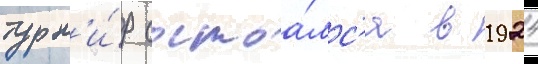
турн'и́р состоа́лс'я в 1924